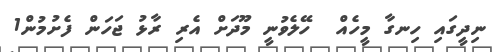
ނިދީގައި ހިނގާ މީހެއް  ހޭލެވުނީ މޫދަށް އެރި ރާޅު ޖަހަން ފެށުމުން1